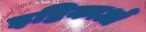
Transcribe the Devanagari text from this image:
इष्टिकाओं